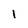
Character: l